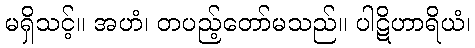
မရှိသင့်။ အဟံ၊ တပည့်တော်မသည်။ ပါဋိဟာရိယံ၊